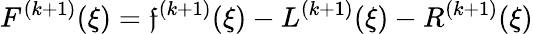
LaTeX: F^{(k+1)}(\xi)=\mathfrak{f}^{(k+1)}(\xi)-L^{(k+1)}(\xi)-R^{(k+1)}(\xi)